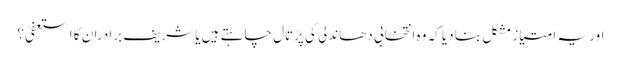
اور یہ امتیاز مشکل بنا دیا کہ وہ انتخابی دھاندلی کی پڑتال چاہتے ہیں یا شریف برادران کا استعفیٰ؟